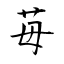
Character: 苺